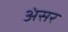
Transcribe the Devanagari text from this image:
अंसर